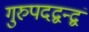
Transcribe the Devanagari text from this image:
गुरुपदद्वन्द्वं